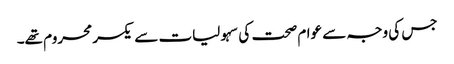
جس کی وجہ سے عوام صحت کی سہولیات سے یکسر محروم تھے۔